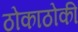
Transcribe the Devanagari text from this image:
ठोकाठोकी